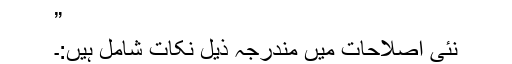
”
نئی اصلاحات میں مندرجہ ذیل نکات شامل ہیں:۔